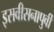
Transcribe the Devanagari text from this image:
इसवीसनापुर्वी